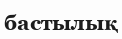
бастылық